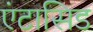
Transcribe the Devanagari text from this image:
एंटासिड